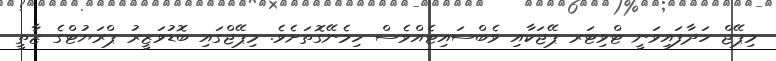
މިޕޭޖް ހަދާފައިވަނީ ޓްވިޓަރ ޕޭޖަކާއި ވެބްސައިޓެއްވެސް ހިމެނޭގޮތަށެވެ. މިޕޭޖްގައި ބޮޑުވަޒީރު ޕްރަޔުޓްގެ ޒާތީ